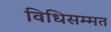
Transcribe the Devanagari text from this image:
विधिसम्‍मत